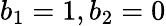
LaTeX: b_{1}=1,b_{2}=0